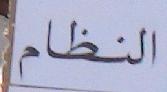
النظام